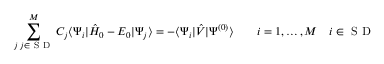
\sum _ { \substack { j \, j \in \mathrm { ~ S ~ D ~ } } } ^ { M } C _ { j } \langle \Psi _ { i } | \hat { H } _ { 0 } - E _ { 0 } | \Psi _ { j } \rangle = - \langle \Psi _ { i } | \hat { V } | \Psi ^ { ( 0 ) } \rangle \qquad i = 1 , \ldots , M \quad i \in \mathrm { ~ S ~ D ~ }